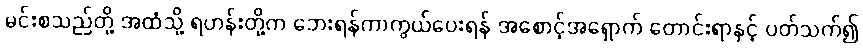
မင်းစသည်တို့ အထံသို့ ရဟန်းတို့က ဘေးရန်ကာကွယ်ပေးရန် အစောင့်အရှောက် တောင်းရာနှင့် ပတ်သက်၍